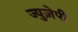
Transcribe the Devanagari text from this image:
ज्युज़ेपी